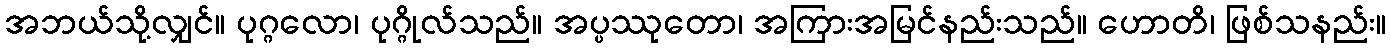
အဘယ်သို့လျှင်။ ပုဂ္ဂလော၊ ပုဂ္ဂိုလ်သည်။ အပ္ပဿုတော၊ အကြားအမြင်နည်းသည်။ ဟောတိ၊ ဖြစ်သနည်း။